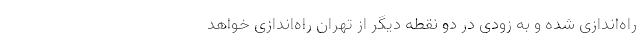
راه‌اندازی شده و به زودی در دو نقطه دیگر از تهران راه‌اندازی خواهد